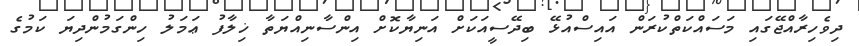
ދިވެހިރާއްޖޭގައި މަސައްކަތްކުރަން އައިސްއުޅޭ ބިދޭސީއަކަށް އަނިޔާކޮށް އިންސާނިއްޔަތާ ޚިލާފު ޢަމަލު ހިންގަމުންދިޔަ ކަމުގެ